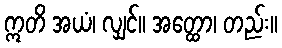
ဣတိ အယံ၊ လျှင်။ အတ္ထော၊ တည်း။